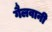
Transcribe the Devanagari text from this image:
गैलवानी